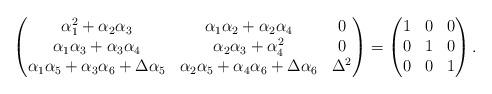
LaTeX: \begin{align*}\begin{pmatrix}\alpha_1^{2}+ \alpha_{2}\alpha_{3}&\alpha_{1}\alpha_2 + \alpha_{2}\alpha_{4}&0\\\alpha_1\alpha_3+\alpha_3 \alpha_4&\alpha_{2}\alpha_{3}+\alpha_4^{2}&0\\\alpha_1\alpha_5+ \alpha_3 \alpha_6 + \Delta \alpha_5&\alpha_2\alpha_5+\alpha_4\alpha_6+\Delta \alpha_6&\Delta^{2}\end{pmatrix} =\begin{pmatrix}1&0&0\\0&1&0\\0&0&1\end{pmatrix}.\end{align*}